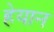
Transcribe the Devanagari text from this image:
हेयान